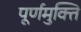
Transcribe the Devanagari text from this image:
पूर्णमुक्ति